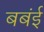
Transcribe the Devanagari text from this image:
बबंई